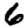
Digit: 6